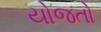
યોજતો